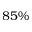
8 5 \%